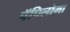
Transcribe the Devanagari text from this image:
पॅपिलोमा